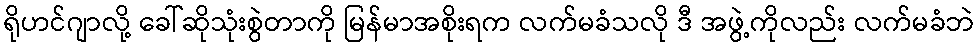
ရိုဟင်ဂျာလို့ ခေါ်ဆိုသုံးစွဲတာကို မြန်မာအစိုးရက လက်မခံသလို ဒီ အဖွဲ့ကိုလည်း လက်မခံဘဲ